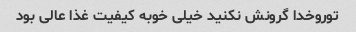
توروخدا گرونش نکنید خیلی خوبه کیفیت غذا عالی بود